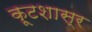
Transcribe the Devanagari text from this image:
कूटशास्र